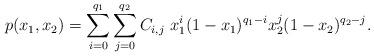
LaTeX: \begin{align*} p(x_1,x_2) &= \sum_{i=0}^{q_{1}}{\sum_{j=0}^{q_{2}}{C_{i,j} ~ x_1^{i}(1-x_1)^{q_1-i}x_2^{j}(1-x_2)^{q_{2}-j}}.} \end{align*}